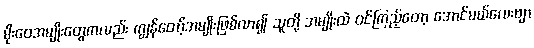
မိုးဝေအမျိုးတွေကလည်း ကျွန်တော့်အမျိုးဖြစ်လာ၍ သူတို့ အမျိုးထဲ ဝင်ကြည့်တော့ အောင်မယ်လေးဗျာ